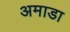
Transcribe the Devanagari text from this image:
अमाडा